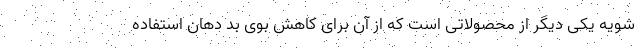
شویه یکی دیگر از محصولاتی است که از آن برای کاهش بوی بد دهان استفاده